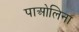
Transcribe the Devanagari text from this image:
पाओलिना